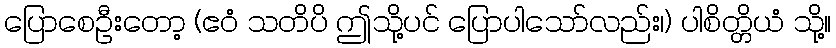
ပြောစေဦးတော့ (ဧဝံ သတိပိ ဤသို့ပင် ပြောပါသော်လည်း၊) ပါစိတ္တိယံ သို့။